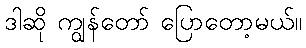
ဒါဆို ကျွန်တော် ပြောတော့မယ်။